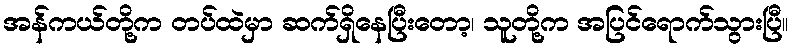
အန်ကယ်တို့က တပ်ထဲမှာ ဆက်ရှိနေပြီးတော့၊ သူတို့က အပြင်ရောက်သွားပြီ။